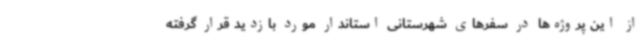
از این پروژه‌ها در سفرهای شهرستانی استاندار مورد بازدید قرار گرفته